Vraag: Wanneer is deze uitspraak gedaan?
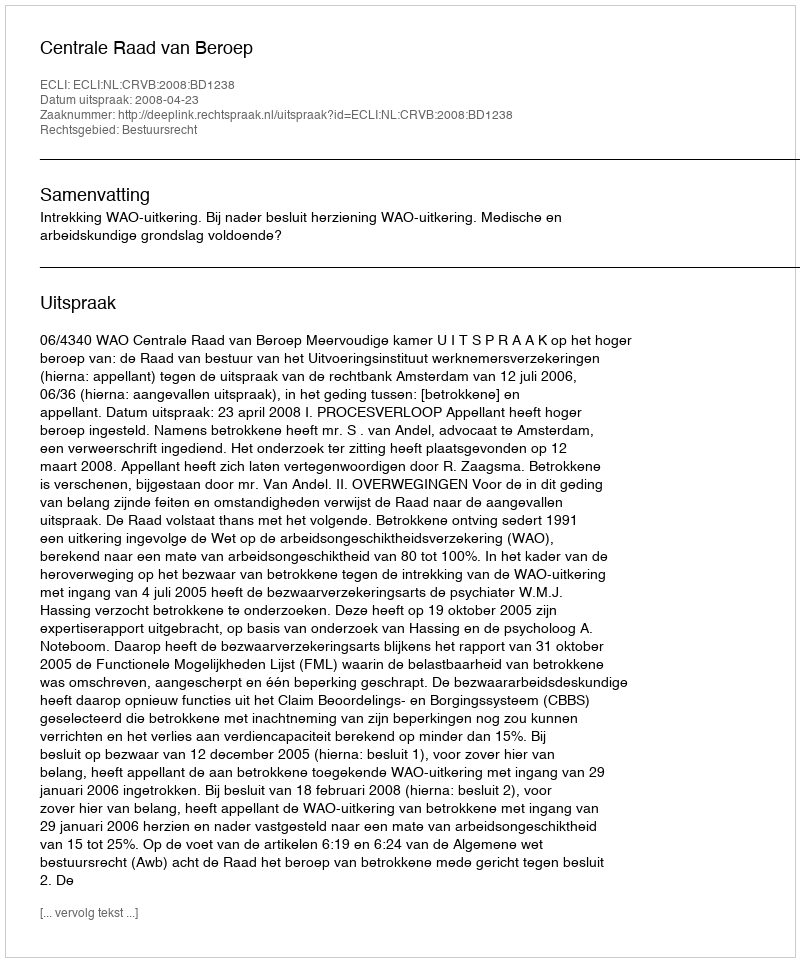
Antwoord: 2008-04-23